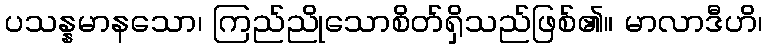
ပသန္နမာနသော၊ ကြည်ညိုသောစိတ်ရှိသည်ဖြစ်၏။ မာလာဒီဟိ၊